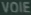
VOIE